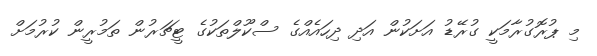
މި ޕުރޮގުރާމަކީ ގުރޭޑު އަށަކުން އަދި ދިހައެއްގެ ސްކޫލްތަކުގެ ޓީޗަރުން ތަމުރީން ކުރުމަށް